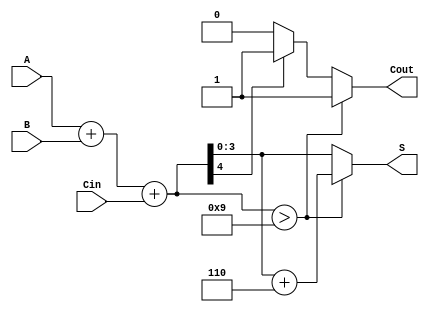
module BCD_Ripple_Carry_Adder (
    input [3:0] A,      // BCD digit A
    input [3:0] B,      // BCD digit B
    input Cin,          // Carry-in
    output reg [3:0] S, // BCD sum output
    output reg Cout     // Carry-out
);

    wire [4:0] sum;     // Intermediate sum (5 bits to account for carry)
    
    // Full Adder Logic
    assign sum = A + B + Cin; // Sum of A, B, and carry-in

    // BCD Correction Logic
    always @(*) begin
        // Initialize carry-out to 0
        Cout = 0;
        S = sum[3:0]; // Take the lower 4 bits of the sum
        
        // Check if sum exceeds 9 (1001)
        if (sum > 9) begin
            S = S + 6;  // Add correction factor (0110)
            Cout = 1;   // Set carry-out if correction is applied
        end else if (sum[4]) begin
            // If the 5th bit (carry-out) from sum indicates overflow, set Cout as well.
            Cout = 1; 
        end
    end

endmodule